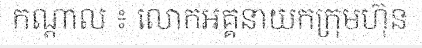
កណ្តាល ៖ លោកអគ្គនាយកក្រុមហ៊ុន